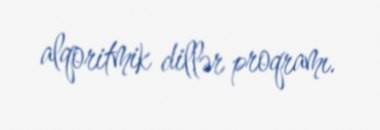
alqoritmik dillər proqramı.